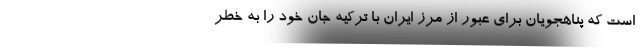
است که پناهجویان برای عبور از مرز ایران با ترکیه جان خود را به خطر